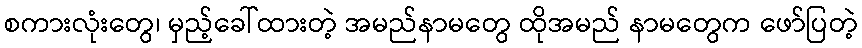
စကားလုံးတွေ၊ မှည့်ခေါ်ထားတဲ့ အမည်နာမတွေ ထိုအမည် နာမတွေက ဖော်ပြတဲ့